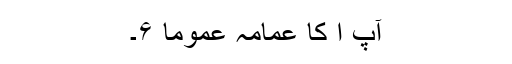
آپ ا کا عمامہ عموماً ۶۔